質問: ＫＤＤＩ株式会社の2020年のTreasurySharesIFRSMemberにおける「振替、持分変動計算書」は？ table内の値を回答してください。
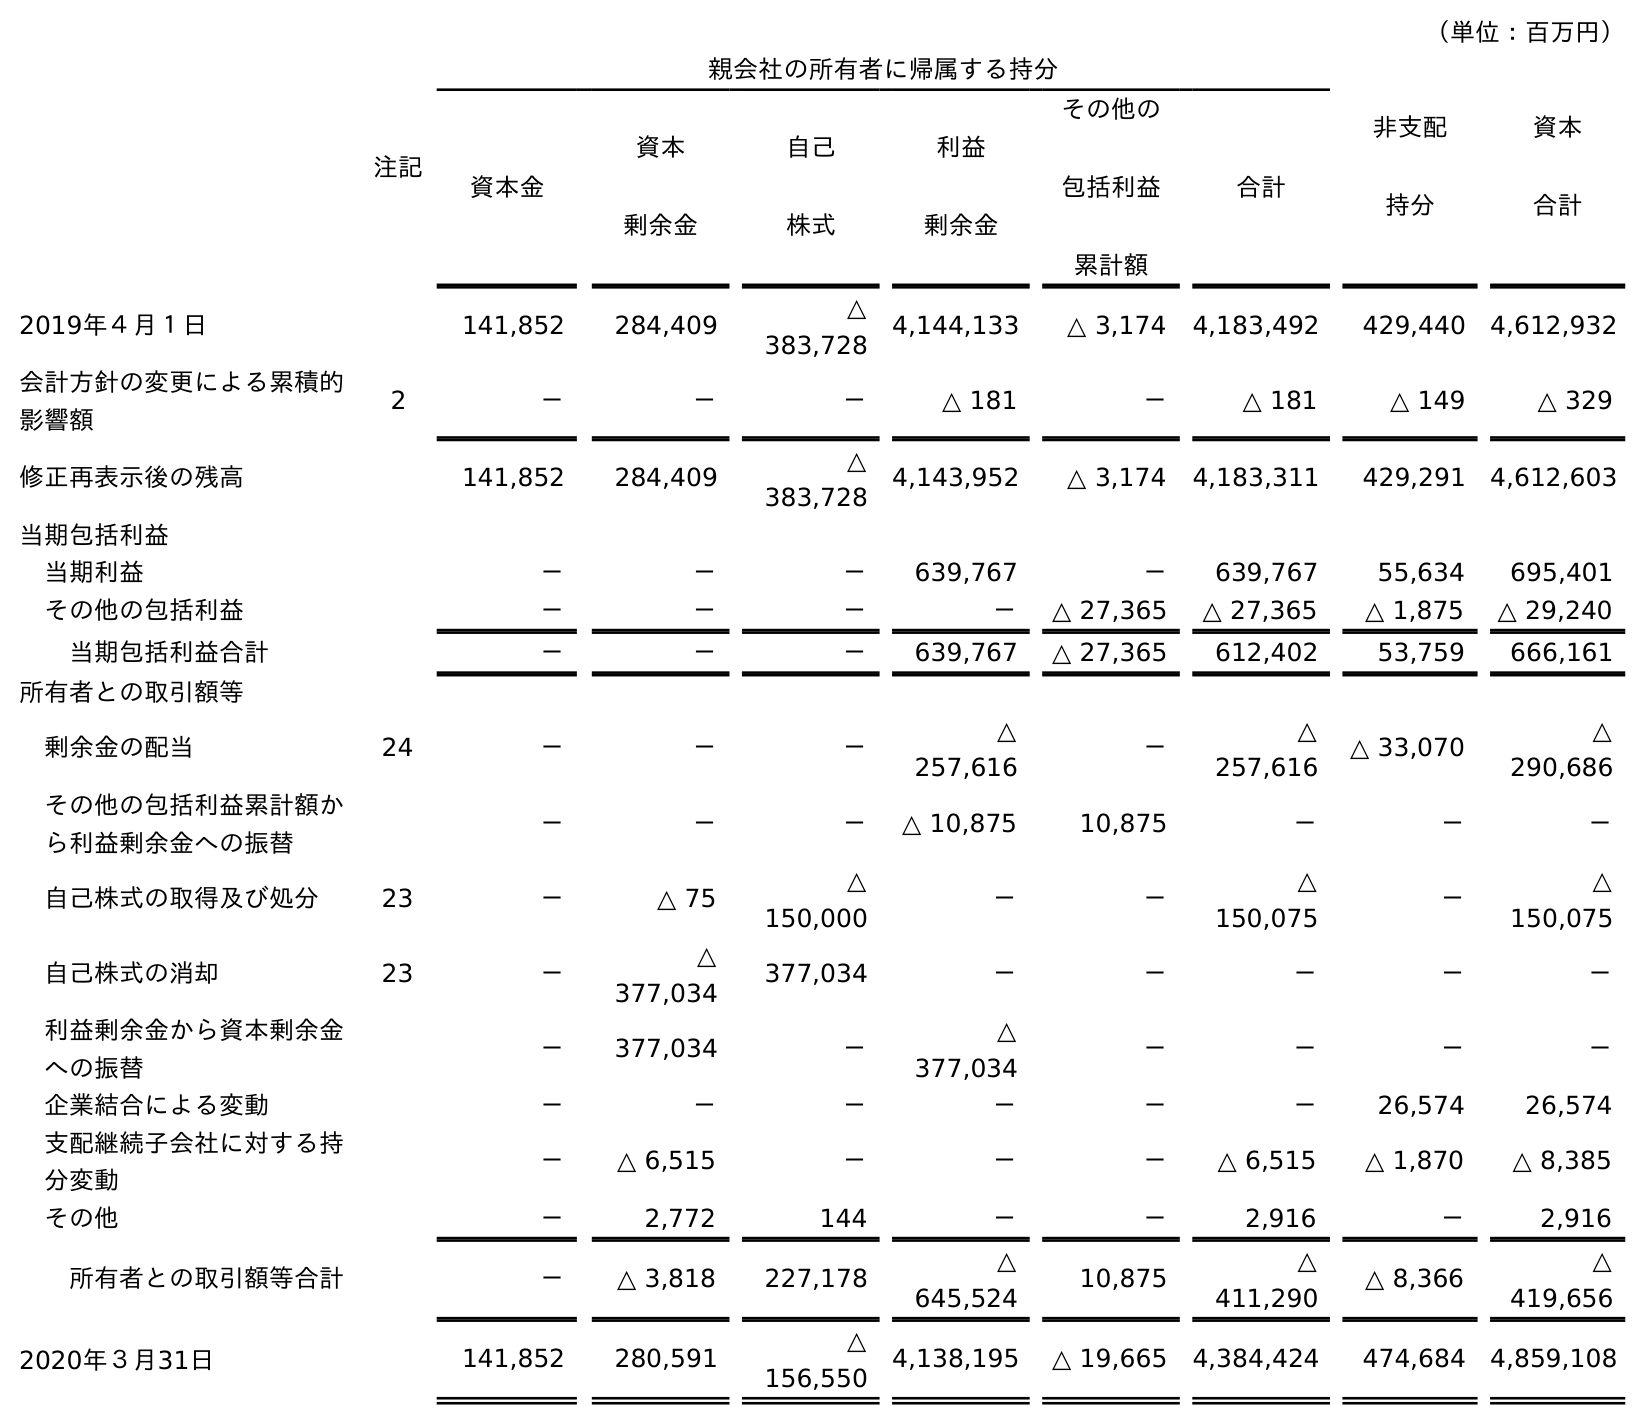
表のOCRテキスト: （単位：百万円） 注記 親会社の所有者に帰属する持分 非支配 持分 資本 合計 資本金 資本 剰余金 自己 株式 利益 剰余金 その他の 包括利益 累計額 合計 2019年４月１日 141,852 284,409 △ 383,728 4,144,133 △ 3,174 4,183,492 429,440 4,612,932 会計方針の変更による累積的 影響額 2 － － － △ 181 － △ 181 △ 149 △ 329 修正再表示後の残高 141,852 284,409 △ 383,728 4,143,952 △ 3,174 4,183,311 429,291 4,612,603 当期包括利益 当期利益 － － － 639,767 － 639,767 55,634 695,401 その他の包括利益 － － － － △ 27,365 △ 27,365 △ 1,875 △ 29,240 当期包括利益合計 － － － 639,767 △ 27,365 612,402 53,759 666,161 所有者との取引額等 剰余金の配当 24 － － － △ 257,616 － △ 257,616 △ 33,070 △ 290,686 その他の包括利益累計額か ら利益剰余金への振替 － － － △ 10,875 10,875 － － － 自己株式の取得及び処分 23 － △ 75 △ 150,000 － － △ 150,075 － △ 150,075 自己株式の消却 23 － △ 377,034 377,034 － － － － － 利益剰余金から資本剰余金 への振替 － 377,034 － △ 377,034 － － － － 企業結合による変動 － － － － － － 26,574 26,574 支配継続子会社に対する持 分変動 － △ 6,515 － － － △ 6,515 △ 1,870 △ 8,385 その他 － 2,772 144 － － 2,916 － 2,916 所有者との取引額等合計 － △ 3,818 227,178 △ 645,524 10,875 △ 411,290 △ 8,366 △ 419,656 2020年３月31日 141,852 280,591 △ 156,550 4,138,195 △ 19,665 4,384,424 474,684 4,859,108
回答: －